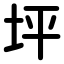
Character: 坪